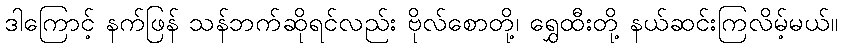
ဒါကြောင့် နက်ဖြန် သန်ဘက်ဆိုရင်လည်း ဗိုလ်စောတို့၊ ရွှေထီးတို့ နယ်ဆင်းကြလိမ့်မယ်။